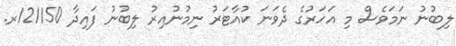
ލިބުނު ނަމަވެސް މި އަހަރުގެ ދެވަނަ ކުއާޓަރު ނިމުނުއިރު ލިބުނު ފައިދާ 121150ރ.